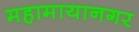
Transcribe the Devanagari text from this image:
महामायानगर